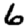
Digit: 6